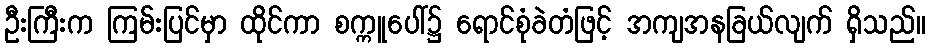
ဦးကြီးက ကြမ်းပြင်မှာ ထိုင်ကာ စက္ကူပေါ်၌ ရောင်စုံခဲတံဖြင့် အကျအနခြယ်လျက် ရှိသည်။